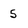
Character: 5